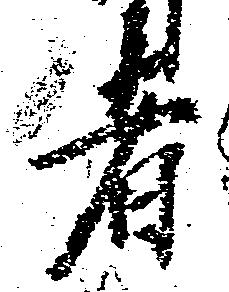
者